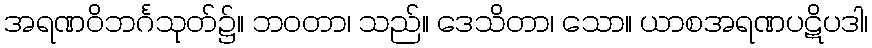
အရဏဝိဘင်္ဂသုတ်၌။ ဘဝတာ၊ သည်။ ဒေသိတာ၊ သော။ ယာစအရဏပဋိပဒါ၊